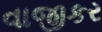
વાજીકર